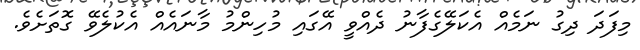
މިފަދަ ދިގު ނަމެއް އެކަލޭގެފާނު ދެއްވީ އޭގައި މުހިންމު މާނައެއް އެކުލެވޭ ގޮތަށެވެ.